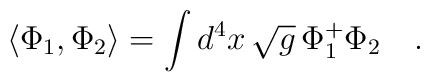
\langle \Phi_1,\Phi_2\rangle=\int d^4x \,\sqrt{g}\, \Phi^{+}_1\Phi_2~~~.